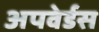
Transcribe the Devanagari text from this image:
अपवेर्डस